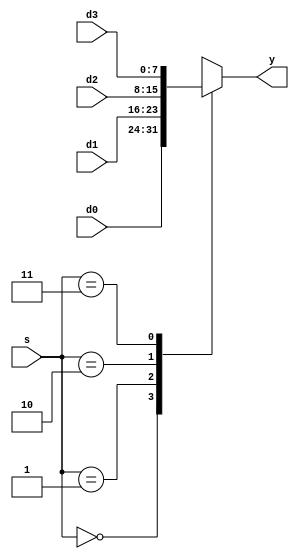
module mux_in #(parameter WIDTH = 8)
             (input  wire [WIDTH-1:0] d0, d1, d2, d3, 
              input  wire [1:0]            s, 
              output wire [WIDTH-1:0] y);
    reg [7:0] aux;
    always @(d0,d1,d2,d3,s)
    begin
      case (s)              
        2'b00: aux = d0;
        2'b01: aux = d1;
        2'b10: aux = d2;
        2'b11: aux = d3;
        default: aux = 8'bxxxxxxxx; 
      endcase
    end                 
  assign y = aux; 
endmodule